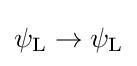
\psi _{\rm {L}}\rightarrow \psi _{\rm {L}}